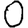
Digit: 0